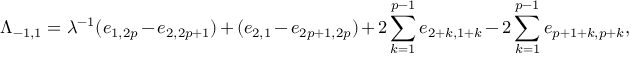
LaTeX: \Lambda _ { - 1 , 1 } = \lambda ^ { - 1 } ( e _ { 1 , 2 p } - e _ { 2 , 2 p + 1 } ) + ( e _ { 2 , 1 } - e _ { 2 p + 1 , 2 p } ) + 2 \sum _ { k = 1 } ^ { p - 1 } e _ { 2 + k , 1 + k } - 2 \sum _ { k = 1 } ^ { p - 1 } e _ { p + 1 + k , p + k } ,